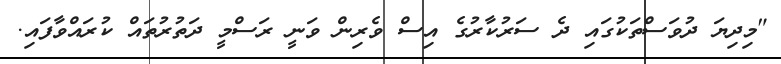
"މިދިޔަ ދުވަސްތަކުގައި ދެ ސަރުކާރުގެ އިސް ވެރިން ވަނީ ރަސްްމީ ދަތުރުތައް ކުރައްވާފައި.